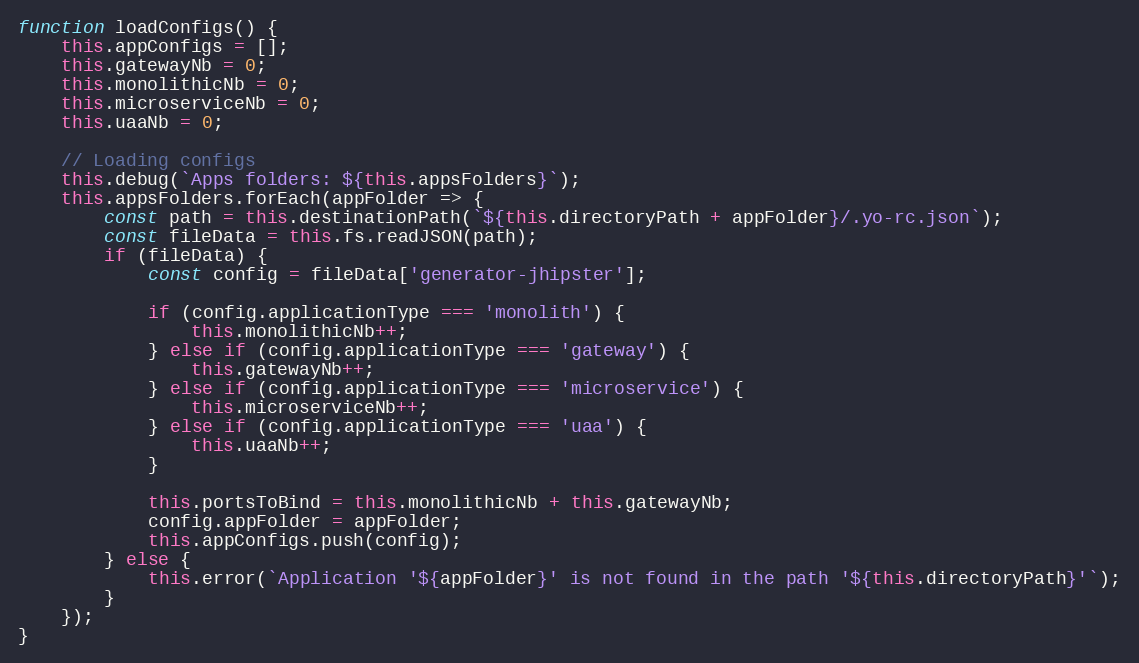
Language: JavaScript
function loadConfigs() {
    this.appConfigs = [];
    this.gatewayNb = 0;
    this.monolithicNb = 0;
    this.microserviceNb = 0;
    this.uaaNb = 0;

    // Loading configs
    this.debug(`Apps folders: ${this.appsFolders}`);
    this.appsFolders.forEach(appFolder => {
        const path = this.destinationPath(`${this.directoryPath + appFolder}/.yo-rc.json`);
        const fileData = this.fs.readJSON(path);
        if (fileData) {
            const config = fileData['generator-jhipster'];

            if (config.applicationType === 'monolith') {
                this.monolithicNb++;
            } else if (config.applicationType === 'gateway') {
                this.gatewayNb++;
            } else if (config.applicationType === 'microservice') {
                this.microserviceNb++;
            } else if (config.applicationType === 'uaa') {
                this.uaaNb++;
            }

            this.portsToBind = this.monolithicNb + this.gatewayNb;
            config.appFolder = appFolder;
            this.appConfigs.push(config);
        } else {
            this.error(`Application '${appFolder}' is not found in the path '${this.directoryPath}'`);
        }
    });
}